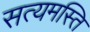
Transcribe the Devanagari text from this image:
सत्यमस्ति